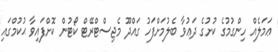
ޢަމަލެއް ހިންގުމުގެ ކުށުގެ ދަޢުވާ ބެލުމަށްފަހު ގައްދޫ މެޖިސްޓްރޭޓް ކޯޓުން ކޮށްފައިވާ ޙުކުމްގައި